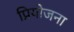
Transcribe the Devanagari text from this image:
प्रियोजना